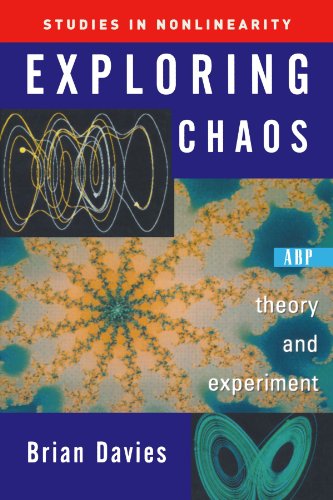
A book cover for Exploring Chaos: Theory And Experiment (Studies in Nonlinearity); Brian Davies; Science & Math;